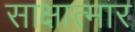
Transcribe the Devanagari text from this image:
साक्षात्मार